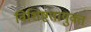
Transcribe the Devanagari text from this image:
विशिष्टतायुक्त